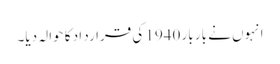
انہوں نے بار بار 1940 کی قرارد اد کا حوالہ دیا۔